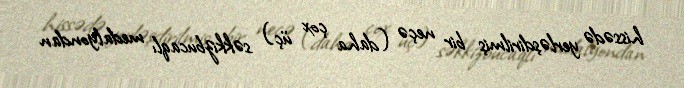
hissədə yerləşdirilmiş bir neçə (daha çox üç) səkkizbucaqlı medalyondan